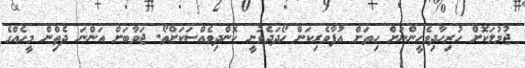
ޖުމުލަކޮށް ހުރިހާދިވެހީންނަށް ހިތަށް އުފާވެރިކަން ހޯދަދެވުނީ ކޮންދިވެއްސަކަށްތޯ. ޖަވާބަށް އަންނަ ދެތިްން މީހެއްގެ